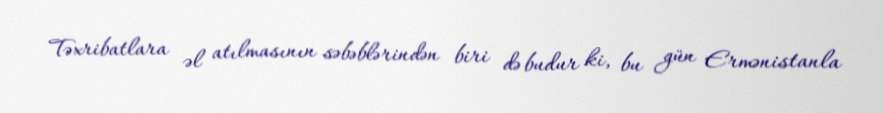
Təxribatlara əl atılmasının səbəblərindən biri də budur ki, bu gün Ermənistanla